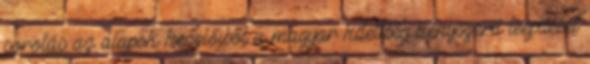
sorolás az alapok kezelőiből a magyar kitettség kényszerű leépítését